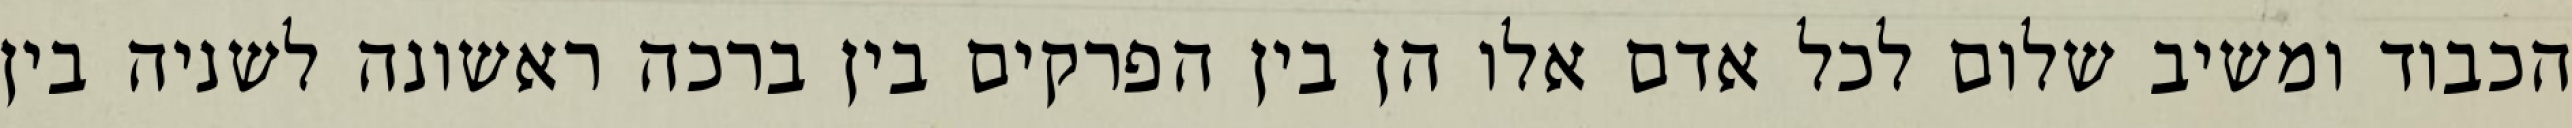
הכבוד ומשיב שלום לכל אדם אלו הן בין הפרקים בין ברכה ראשונה לשניה בין